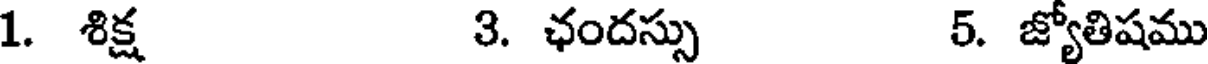
1. శిక్ష 3. ఛందస్సు 5. జ్యోతిషము